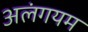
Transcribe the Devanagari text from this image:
अलंगयम